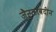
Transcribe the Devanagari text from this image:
जैनुलाबदीन